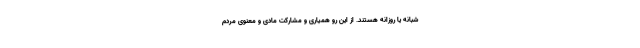
شبانه یا روزانه هستند. از این رو همیاری و مشارکت مادی و معنوی مردم